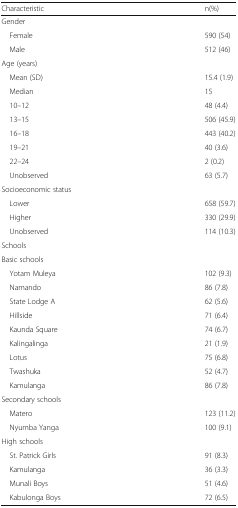
| Characteristic | n(%) |
 | --- | --- |
 | <COLSPAN=2> Gender |
 | Female | 590 (54) |
 | Male | 512 (46) |
 | <COLSPAN=2> Age (years) |
 | Mean (SD) | 15.4 (1.9) |
 | Median | 15 |
 | 10–12 | 48 (4.4) |
 | 13–15 | 506 (45.9) |
 | 16–18 | 443 (40.2) |
 | 19–21 | 40 (3.6) |
 | 22–24 | 2 (0.2) |
 | Unobserved | 63 (5.7) |
 | <COLSPAN=2> Socioeconomic status |
 | Lower | 658 (59.7) |
 | Higher | 330 (29.9) |
 | Unobserved | 114 (10.3) |
 | <COLSPAN=2> Schools |
 | <COLSPAN=2> Basic schools |
 | Yotam Muleya | 102 (9.3) |
 | Namando | 86 (7.8) |
 | State Lodge A | 62 (5.6) |
 | Hillside | 71 (6.4) |
 | Kaunda Square | 74 (6.7) |
 | Kalingalinga | 21 (1.9) |
 | Lotus | 75 (6.8) |
 | Twashuka | 52 (4.7) |
 | Kamulanga | 86 (7.8) |
 | <COLSPAN=2> Secondary schools |
 | Matero | 123 (11.2) |
 | Nyumba Yanga | 100 (9.1) |
 | <COLSPAN=2> High schools |
 | St. Patrick Girls | 91 (8.3) |
 | Kamulanga | 36 (3.3) |
 | Munali Boys | 51 (4.6) |
 | Kabulonga Boys | 72 (6.5) |